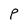
Character: P